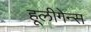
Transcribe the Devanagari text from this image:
हूलीगेन्स